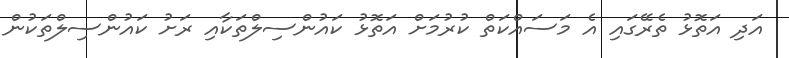
އަދި އަތޮޅު ތެރޭގައި އެ މަސައްކަތް ކުރުމަށް އަތޮޅު ކައުންސިލްތަކާއި ރަށު ކައުންސިލްތަކުން